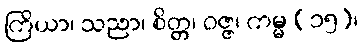
ကြိယာ၊ သညာ၊ စိတ္တ၊ ဝဇ္ဇ၊ ကမ္မ (၁၅)၊